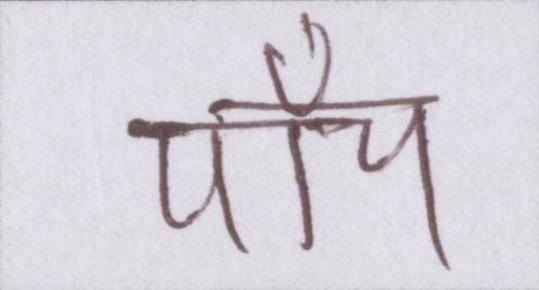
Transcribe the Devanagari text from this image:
पाँच